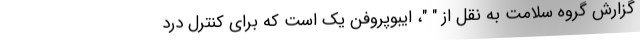
گزارش گروه سلامت به نقل از " "، ایبوپروفن یک است که برای کنترل درد